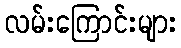
လမ်းကြောင်းများ